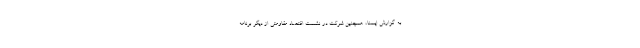
به گزارش ایسنا، همچنین شرکت در نشست اقتصاد مقاومتی از دیگر برنامه